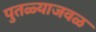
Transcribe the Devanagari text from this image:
पुतळ्याजवळ